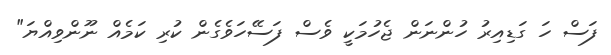
ފަސް ހަ ގަޑިއިރު ހުންނަން ޖެހުމަކީ ވެސް ފަސޭހަވެގެން ކުރި ކަމެއް ނޫންވިއްޔަ"